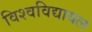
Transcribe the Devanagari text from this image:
विश्‍वविद्यायल